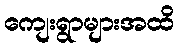
ကျေးရွာများအထိ